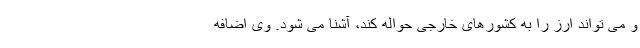
و می تواند ارز را به کشورهای خارجی حواله کند، آشنا می شود. وی اضافه